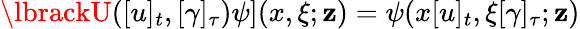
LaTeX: \lbrackU([u]_{t},[\gamma]_{\tau})\psi](x,\xi;\mathbf{z})=\psi(x[u]_{t},\xi\lbrack\gamma]_{\tau};\mathbf{z})